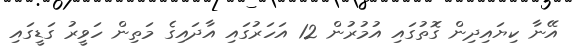
އޭނާ ކިޔައިދިން ގޮތުގައި އުމުރުން 12 އަހަރުގައި އާދައިގެ މަތިން ހަވީރު ގަޑީގައި